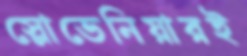
স্লোভেনিয়ারই